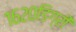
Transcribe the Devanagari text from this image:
१६२०डिग्री